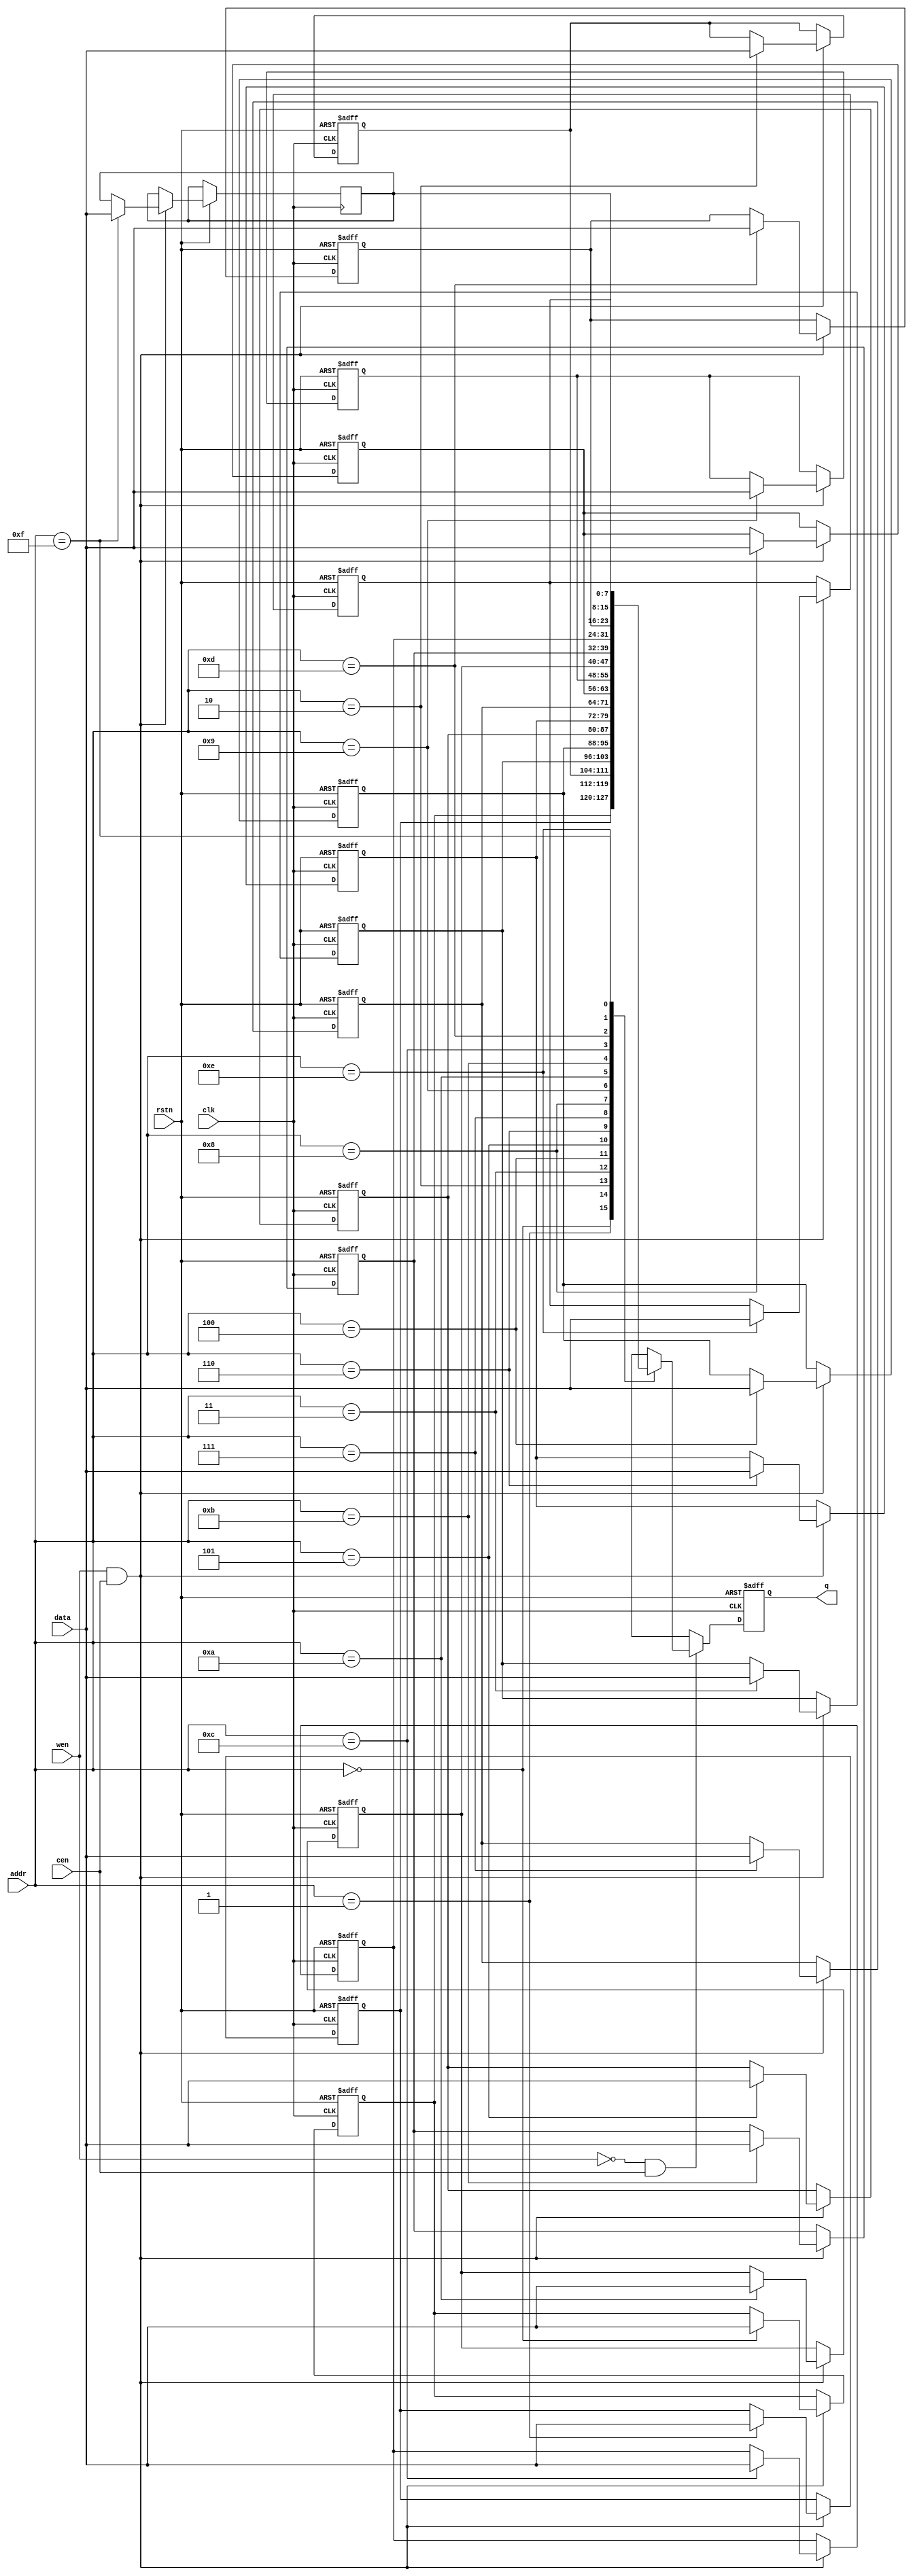
//===============================================
//
//	Version: v1.0
//
// 	This lib is used to generate RAM including:
// 	1 port RAM;
// 	Simple 2 port RAM(tp);
// 	True 2 port RAM(dp).
// 	
//===============================================

//===============================================
// RAM 1 port
//===============================================
module ram_1port
#(
	parameter										ADDR_WIDTH = 4, 
	parameter										DATA_WIDTH = 8
)
(
	input												clk,
	input												rstn,
	input												wen,
	input												cen,
	input [ADDR_WIDTH-1:0]			addr,
	input	[DATA_WIDTH-1:0]			data,

	output reg [DATA_WIDTH-1:0]	q
);

reg [DATA_WIDTH-1:0]					ram [2**ADDR_WIDTH-1:0];
integer												i;

always @(posedge clk or negedge rstn)
begin
	if(!rstn)
		for(i = 0;i < 2**ADDR_WIDTH-1;i=i+1)
			ram[i] <= 0;
	else if(wen && cen)
		ram[addr] <= data;
end

always @(posedge clk or negedge rstn)
begin
	if(!rstn)
		q <= 0;
	else if((wen == 1'b0) && cen)
		q <= ram[addr];
	else
		q <= 'bx;
end

endmodule

//===============================================
// RAM simple 2 port half duplex
//===============================================
module ram_2port_tp
#(
	parameter										ADDR_WIDTH = 4, 
	parameter										DATA_WIDTH = 8
)
(
	input												wr_clk,
	input												rd_clk,
	input												rstn,
	input												wren,
	input												rden,
	input [ADDR_WIDTH-1:0]			wr_addr,
	input [ADDR_WIDTH-1:0]			rd_addr,
	input	[DATA_WIDTH-1:0]			data,

	output reg [DATA_WIDTH-1:0]	q
);

reg [DATA_WIDTH-1:0]					ram [2**ADDR_WIDTH-1:0];
integer												i;

always @(posedge wr_clk or negedge rstn)
begin
	if(!rstn)
		for(i = 0;i < 2**ADDR_WIDTH-1;i=i+1)
			ram[i] <= 0;
	else if(wren)
		ram[wr_addr] <= data;
end

always @(posedge rd_clk or negedge rstn)
begin
	if(!rstn)
		q <= 0;
	else if(rden)
		q <= ram[rd_addr];
	else
		q <= 'bx;
end

endmodule

//===============================================
// RAM true 2 port for full duplex
//===============================================
module ram_2port_dp
#(
	parameter										ADDR_WIDTH = 4, 
	parameter										DATA_WIDTH = 8
)
(
	input												clk_a,
	input												clk_b,
	input												rstn,
	input												wren_a,
	input												rden_a,
	input												wren_b,
	input												rden_b,
	input [ADDR_WIDTH-1:0]			addr_a,
	input [ADDR_WIDTH-1:0]			addr_b,
	input	[DATA_WIDTH-1:0]			data_a,
	input	[DATA_WIDTH-1:0]			data_b,

	output reg [DATA_WIDTH-1:0]	q_a,
	output reg [DATA_WIDTH-1:0]	q_b
);

reg [DATA_WIDTH-1:0]					ram [2**ADDR_WIDTH-1:0];
integer												i;

always @(posedge clk_a or negedge rstn)
begin
	if(!rstn)
		for(i = 0;i < 2**ADDR_WIDTH-1;i=i+1)
			ram[i] <= 0;
	else if(wren_a)
		ram[addr_a] <= data_a;
	else if(wren_b)
		ram[addr_b] <= data_b;
end

always @(posedge clk_a or negedge rstn)
begin
	if(!rstn)
		q_a <= 0;
	else if(rden_a)
		q_a <= ram[addr_a];
	else
		q_a <= 'bx;
end

always @(posedge clk_b or negedge rstn)
begin
	if(!rstn)
		q_b <= 0;
	else if(rden_b)
		q_b <= ram[addr_b];
	else
		q_b <= 'bx;
end

endmodule